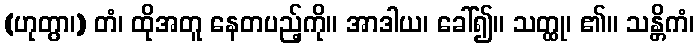
(ဟုတွာ၊) တံ၊ ထိုအတူ နေတပည့်ကို။ အာဒါယ၊ ခေါ်၍။ သတ္ထု၊ ၏။ သန္တိကံ၊